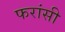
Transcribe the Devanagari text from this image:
फरांसी